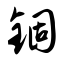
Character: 锢